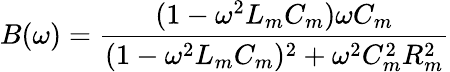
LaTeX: B(\omega)=\frac{(1-\omega^{2}L_{m}C_{m})\omega C_{m}}{(1-\omega^{2}L_{m}C_{m})^{2}+\omega^{2}C_{m}^{2}R_{m}^{2}}